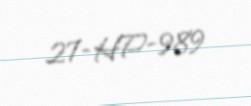
27-HP-989